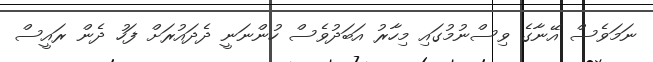
ނަމަވެސް އޭނާގެ ވިސްނުމުގައި މިހާރު އަބަދުވެސް ހުންނަނީ ދެދައުރަށް ފަހު ދެން ރައީސް